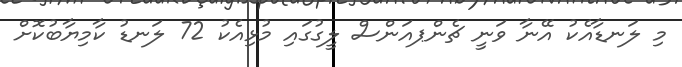
މި ލަނޑާއެކު އޭނާ ވަނީ ޗެންޕއަންސް ލީގުގައި މުޅިއެކު 72 ލަނޑު ކާމިޔާބުކޮށް